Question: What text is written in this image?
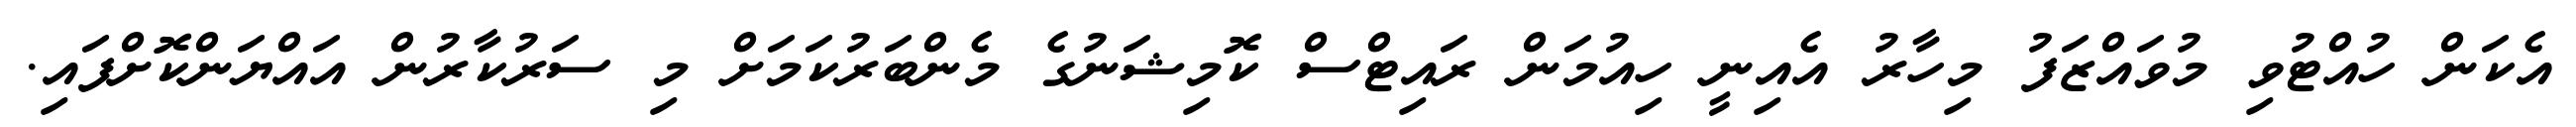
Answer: އެކަން ހުއްޓުވި މުވައްޒަފު މިހާރު އެއިނީ ހިއުމަން ރައިޓްސް ކޮމިޝަނުގެ މެންބަރުކަމަށް މި ސަރުކާރުން އައްޔަންކޮށްފައި.